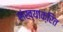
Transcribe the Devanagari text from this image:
संख्याक्रित